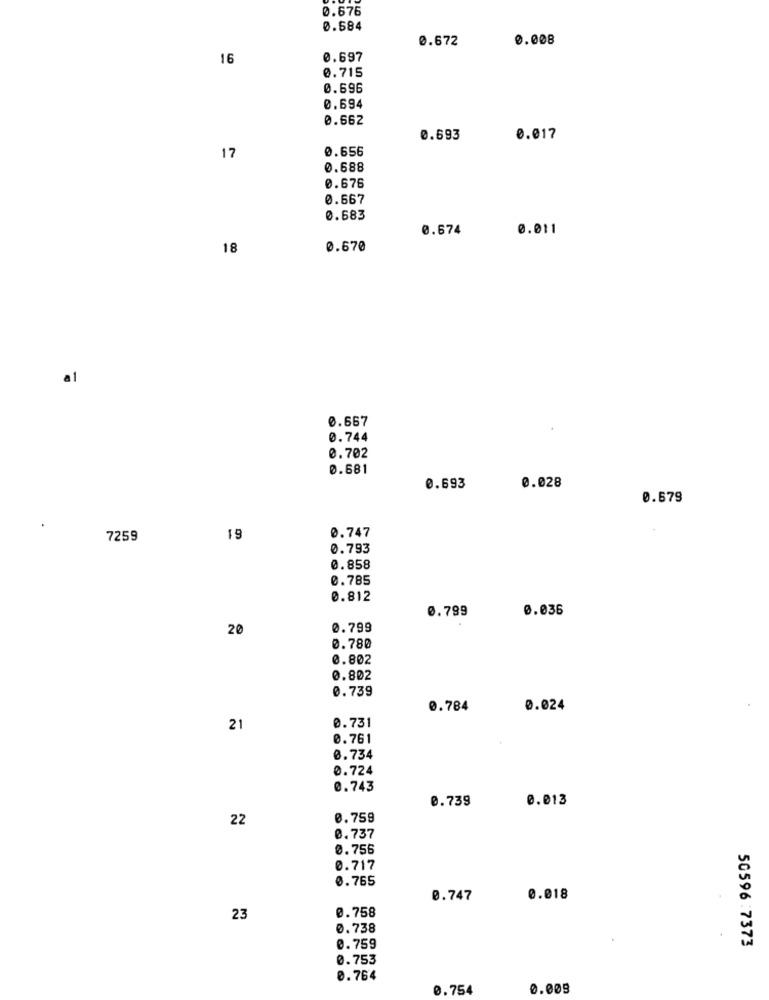
0.676
0.584
0.672
0.008
16
0.697
0.715
0.696
0.694
0.662
0.693
0.017
0.656
17
0.688
0.676
0.667
0.683
0.674
0.011
18
0.670
al
0.667
0.744
0.702
0.681
0.693
0.028
0.679
7259
19
0.747
0.793
0.858
0.785
0.812
0.799
0.036
20
0.799
0.780
0.802
0.802
0.739
0.784
0.024
21
0.731
0.761
0.734
0.724
0.743
0.739
0.013
22
0.759
0.737
0.756
0.717
0.765
0.747
0.018
23
0.758
0.738
50596:7373
0.759
0.753
0.764
0.754
0.005